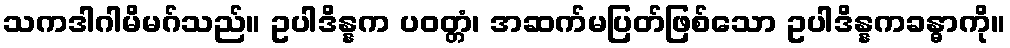
သကဒါဂါမိမဂ်သည်။ ဥပါဒိန္နက ပဝတ္တံ၊ အဆက်မပြတ်ဖြစ်သော ဥပါဒိန္နကခန္ဓာကို။